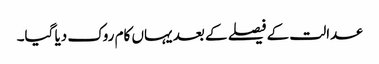
عدالت کے فیصلے کے بعد یہاں کام روک دیا گیا۔